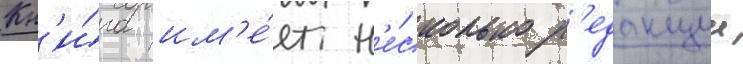
Кн'и́га им'е́ет н'е́сколько р'едакции